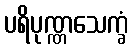
ပရိပုဏ္ဏသေက္ခံ